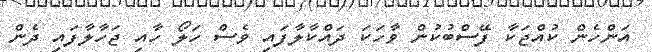
އަންހެން ކުއްޖަކާ ފޭސްބުކުން ވާހަކަ ދައްކާލާފައި ވެސް ހަލޯ ހާއި ޖަހާލާފައި ދެން